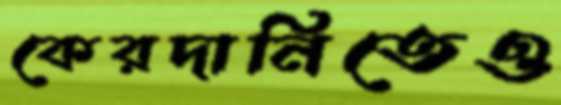
কেরদানিতেও